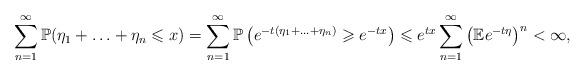
LaTeX: \begin{align*}\sum_{n=1}^{\infty}\mathbb{P}(\eta_1+\ldots+\eta_n\leqslant x)=\sum_{n=1}^{\infty}\mathbb{P}\left(e^{-t(\eta_1+\ldots+\eta_n)}\geqslant e^{-tx}\right)\leqslant e^{tx}\sum_{n=1}^{\infty}\left(\mathbb{E}e^{-t\eta}\right)^n<\infty,\end{align*}